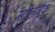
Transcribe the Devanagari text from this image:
स्टीनबैक